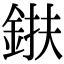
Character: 𨦶